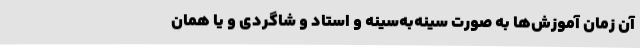
آن زمان آموزش‌ها به صورت سینه‌به‌سینه و استاد و شاگردی و یا همان